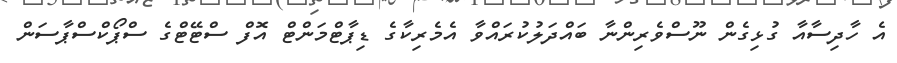
އެ ހާދިސާއާ ގުޅިގެން ނޫސްވެރިންނާ ބައްދަލުކުރައްވާ އެމެރިކާގެ ޑިޕާޓްމަންޓް އޮފް ސްޓޭޓްގެ ސްޕޯކްސްޕާސަން